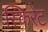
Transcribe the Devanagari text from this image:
स्किरेट